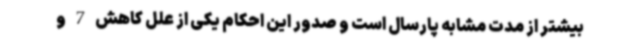
بیشتر از مدت مشابه پارسال است و صدور این احکام یکی از علل کاهش 7 و